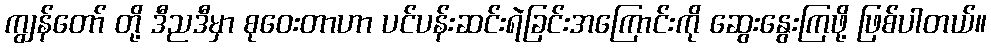
ကျွန်တော် တို့ ဒီညဒီမှာ စုဝေးတာဟာ ပင်ပန်းဆင်းရဲခြင်းအကြောင်းကို ဆွေးနွေးကြဖို့ ဖြစ်ပါတယ်။